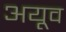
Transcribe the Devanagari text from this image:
अयूव